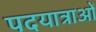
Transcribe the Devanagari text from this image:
पदयात्राओं